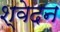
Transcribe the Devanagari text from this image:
श्वेदन